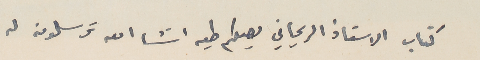
كتاب الاستاذ الريحاني يصلكم طيه انشا الله ترسلونه له